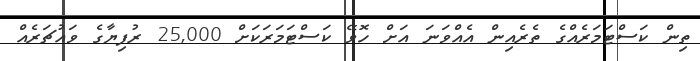
ތިން ކަސްޓަމަރެއްގެ ތެރެއިން އެއްވަނަ އަށް ހޮވޭ ކަސްޓަމަރަކަށް 25